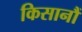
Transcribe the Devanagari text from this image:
किसानौं